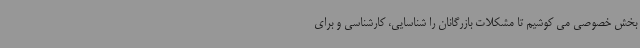
بخش خصوصی می کوشیم تا مشکلات بازرگانان را شناسایی، کارشناسی و برای